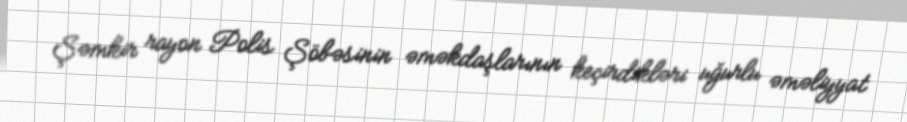
Şəmkir rayon Polis Şöbəsinin əməkdaşlarının keçirdikləri uğurlu əməliyyat